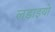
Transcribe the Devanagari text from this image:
लड़ाइयो